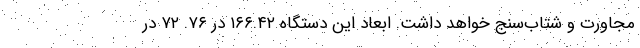
مجاورت و شتاب‌سنج خواهد داشت. ابعاد این دستگاه ۱۶۶.۴۲ در ۷۶. ۷۲ در